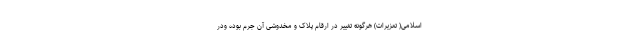
اسلامی( تعزیرات) هرگونه تغییر در ارقام پلاک و مخدوشی آن جرم بوده ودر